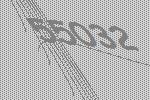
55032